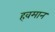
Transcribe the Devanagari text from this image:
हवमान